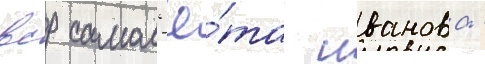
вср самол'ё́та иванова -